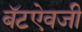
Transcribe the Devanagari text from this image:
बॅटऐवजी